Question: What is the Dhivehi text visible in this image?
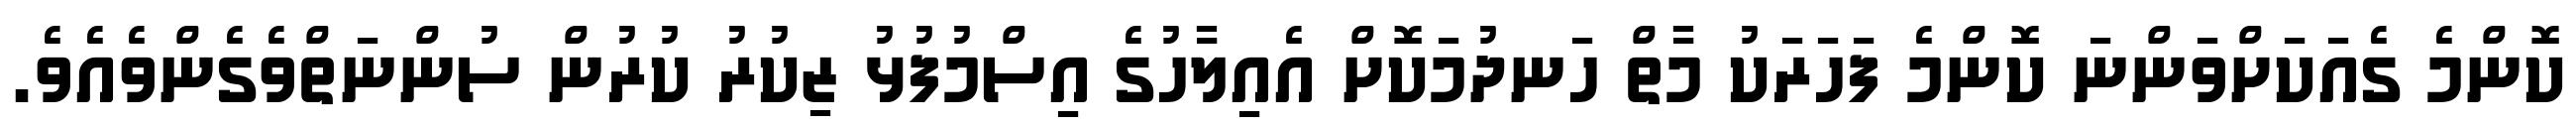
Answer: ކޮންމެ ގެއަކަށްވަންނަ ކޮންމެ ފަހަރަކު މާތް ހަނދުމަކޮށް އެއިލާހުގެ އިސްމުފުޅު ޒިކުރު ކުރުން ސުންނަތްވެގެންވެއެވެ.